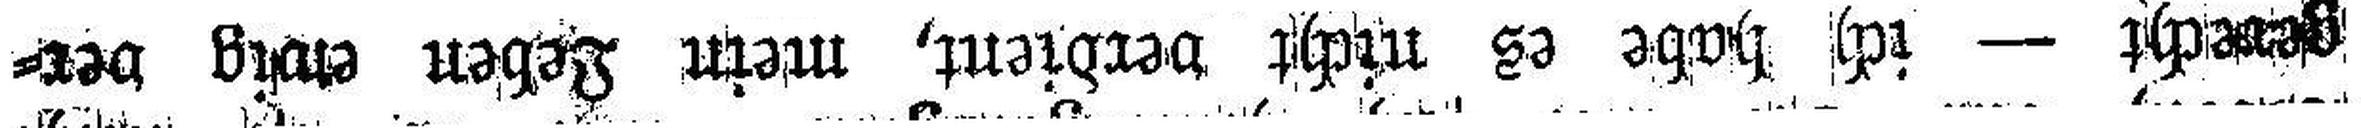
gerecht — ich habe es nicht verdient, mein Leben ewig ver¬